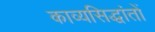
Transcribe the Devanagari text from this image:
काव्यसिद्धांतों